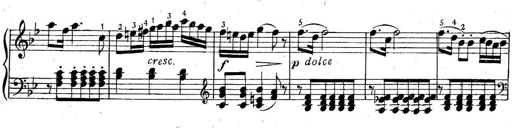
Title: 6 Easy Sonatinas
Composer: Carl Czerny